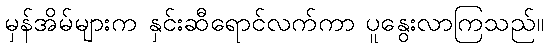
မှန်အိမ်များက နှင်းဆီရောင်လက်ကာ ပူနွေးလာကြသည်။